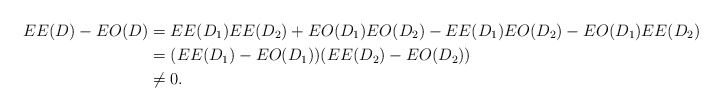
\begin{align*}EE(D) - EO(D) &= EE(D_1)EE(D_2) + EO(D_1)EO(D_2) - EE(D_1)EO(D_2) - EO(D_1)EE(D_2) \\&= (EE(D_1) - EO(D_1))(EE(D_2) - EO(D_2)) \\&\ne 0.\end{align*}